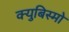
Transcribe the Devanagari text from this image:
क्युबिस्मो